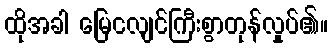
ထိုအခါ မြေငလျင်ကြီးစွာတုန်လှုပ်၏။